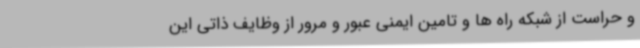
و حراست از شبکه راه ها و تامین ایمنی عبور و مرور از وظایف ذاتی این